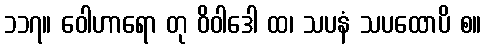
၁၁၇။ ဝေါဟာရော တု ဝိဝါဒေါ ထ၊ သပနံ သပထောပိ စ။